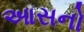
આસનો